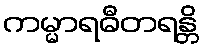
ကမ္မာရဓီတရန္တိ